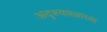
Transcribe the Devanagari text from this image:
अदृश्यास्त्राच्या